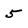
Character: 5